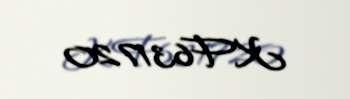
KF631720